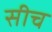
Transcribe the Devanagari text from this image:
सीच